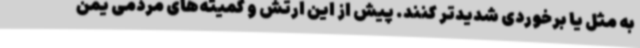
به مثل یا برخوردی شدیدتر کنند. پیش از این ارتش و کمیته‌های مردمی یمن